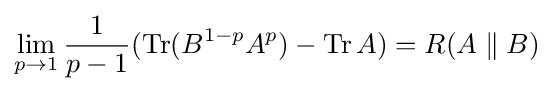
\lim _{p\rightarrow 1}{\frac {1}{p-1}}(\operatorname {Tr} (B^{1-p}A^{p})-\operatorname {Tr} A)=R(A\parallel B)